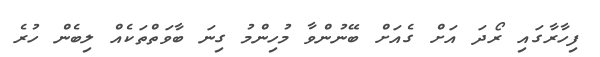
ފިހާރާގައި ރޯދަ އަށް ގެއަށް ބޭނުންވާ މުހިންމު ގިނަ ބާވަތްތަކެއް ލިބެން ހުރެ